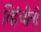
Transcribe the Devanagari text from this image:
व्हिंचीनी